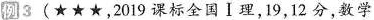
例3(★★★，2019课标全国Ⅰ理，19，12分，数学